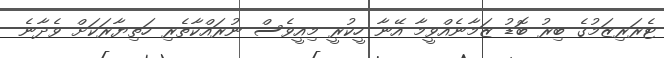
ޓެރަރިޒަމުގެ ބިރު ބޮޑު ޒަމާނެއްވީމާ އޭނާ ހީކުރީ މިއީވެސް ނުރައްކާތެރި ހަތިޔާރަކަށް ވެދާނެ